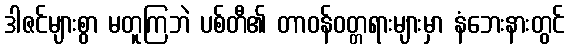
ဒါဇင်များစွာ မတူကြဘဲ ပစ်တီ၏ တာဝန်ဝတ္တရားများမှာ နံဘေးနားတွင်